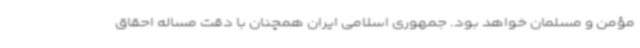
مؤمن و مسلمان خواهد بود. جمهوری اسلامی ایران همچنان با دقت مساله احقاق